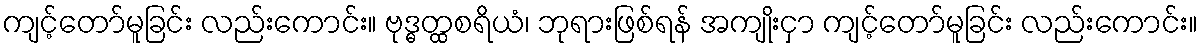
ကျင့်တော်မူခြင်း လည်းကောင်း။ ဗုဒ္ဓတ္ထစရိယံ၊ ဘုရားဖြစ်ရန် အကျိုးငှာ ကျင့်တော်မူခြင်း လည်းကောင်း။